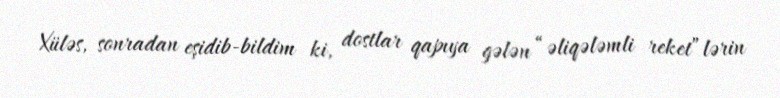
Xüləs, sonradan eşidib-bildim ki, dostlar qapıya gələn “əliqələmli reket”lərin